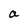
Character: a